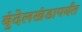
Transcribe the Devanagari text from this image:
बुंदेलखंडापर्यंत